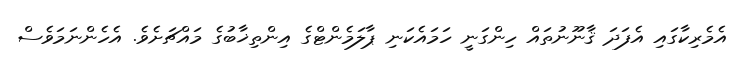
އެމެރިކާގައި އެފަދަ ޤާނޫނުތައް ހިންގަނީ ހަމައެކަނި ޕާލަމެންޓްގެ އިންތިޚާބުގެ މައްޗަށެވެ. އެހެންނަމަވެސް